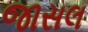
જાસલ